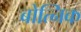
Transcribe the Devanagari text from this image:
बोत्निक